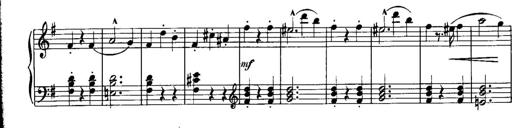
Title: Piano Sonatina No.1, Op.146
Composer: Stephen Heller